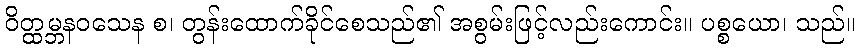
ဝိတ္ထမ္ဘနဝသေန စ၊ တွန်းထောက်ခိုင်စေသည်၏ အစွမ်းဖြင့်လည်းကောင်း။ ပစ္စယော၊ သည်။